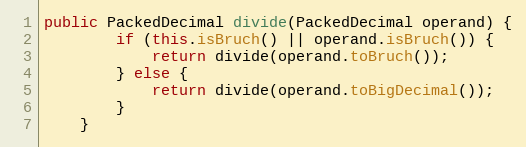
Language: Java
public PackedDecimal divide(PackedDecimal operand) {
        if (this.isBruch() || operand.isBruch()) {
            return divide(operand.toBruch());
        } else {
            return divide(operand.toBigDecimal());
        }
    }